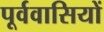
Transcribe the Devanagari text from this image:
पूर्ववासियों